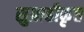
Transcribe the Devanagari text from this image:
सुग्राहीकृत